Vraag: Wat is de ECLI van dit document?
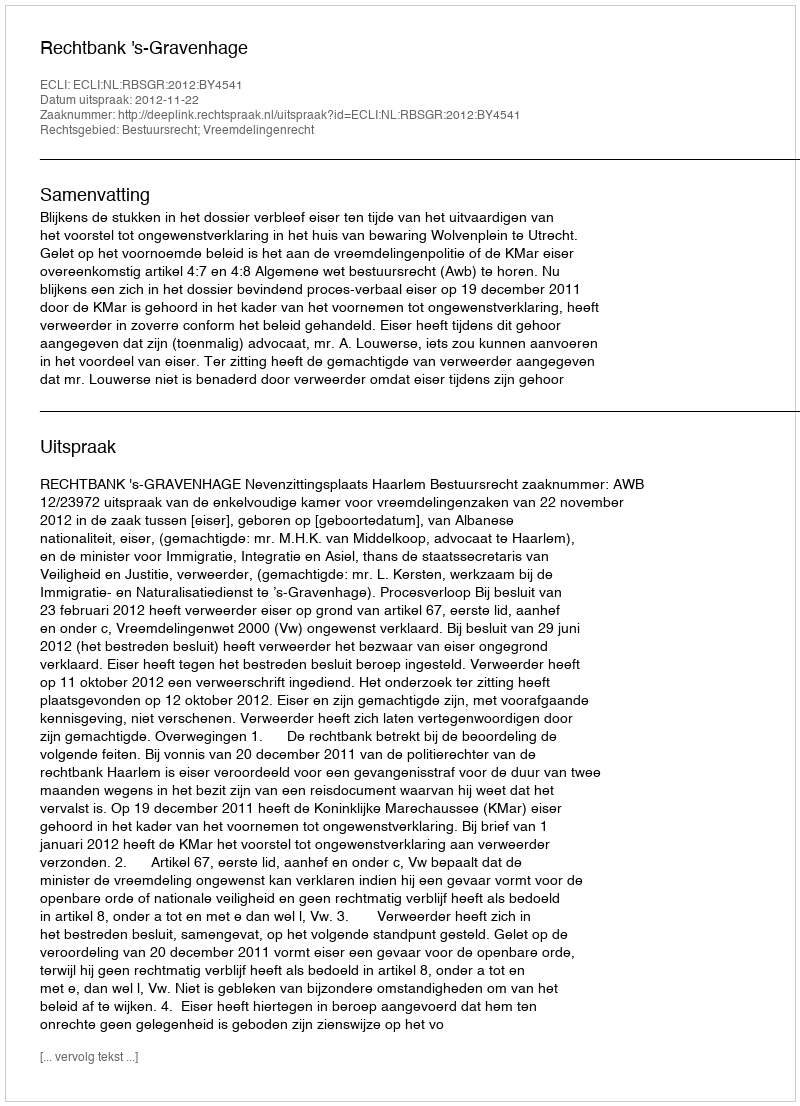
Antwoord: ECLI:NL:RBSGR:2012:BY4541